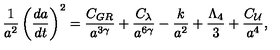
\frac { 1 } { a ^ { 2 } } \left( \frac { d a } { d t } \right) ^ { 2 } = \frac { C _ { G R } } { a ^ { 3 \gamma } } + \frac { C _ { \lambda } } { a ^ { 6 \gamma } } - \frac { k } { a ^ { 2 } } + \frac { \Lambda _ { 4 } } { 3 } + \frac { C _ { \cal U } } { a ^ { 4 } } ,